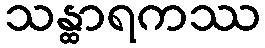
သန္ထာရကဿ